King Institute of Preventive Medicine Micro-Biological Section reports 1912-19
Year: 1912
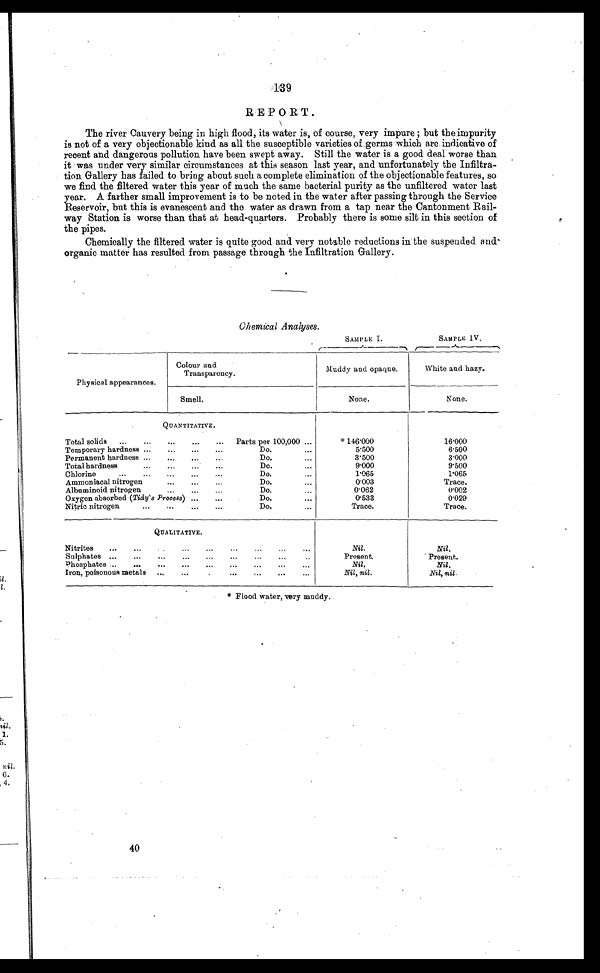
139
REPORT.
The river Cauvery being in high flood, its water is, of course, very impure ; but the impurity
is not of a very objectionable kind as all the susceptible varieties of germs which are indicative of
recent and dangerous pollution have been swept away. Still the water is a good deal worse than
it was under very similar circumstances at this season last year, and unfortunately the Infiltra-
tion Gallery has failed to bring about such a complete elimination of the objectionable features, so
we find the filtered water this year of much the same bacterial purity as the unfiltered water last
year. A farther small improvement is to be noted in the water after passing through the Service
Reservoir, but this is evanescent and the water as drawn from a tap near the Cantonment Rail-
way Station is worse than that at head-quarters. Probably there is some silt in this section of
the pipes.
Chemically the filtered water is quite good and very notable reductions in the suspended and
organic matter has resulted from passage through the Infiltration Gallery.
Chemical Analyses.
SAMPLE I.
SAMPLE IV.
Physical appearances.
Colour and
Transparency.
Muddy and opaque.
White and hazy.
Smell.
None.
None.
QUANTITATIVE.
Total solids ...
...
...
...
... Parts per 100,000 ...
* 146.000
16.000
Temporary hardness
...
...
Do.
...
5.500
6.500
Permanent hardness ....
Do.
...
3.500
3.000
Total hardness
. .
. . .
. . .
Do.
...
9.000
9.500
Chlorine
...
...
...
...
...
Do.
...
1.065
1.065
Ammoniacal nitrogen
...
...
Do.
...
0.003
Trace.
Albaminoid nitrogen..
Do.
...
0.062
0.002
Oxygen absorbed (Tidy's Process) ......
Do.
...
0.533
0.029
Nitric nitrogen
...
...
...
...
Do.
...
Trace.
Trace.
QUALITATIVE.
Nitrites
...
...
...
...
...
...
...
Nil.
N i l .
Sulphates ...
...
...
...
...
...
...
...
Present.
Present.
Phosphates ...
...
...
...
...
...
...
...
Nil.
Nil.
Iron, poisonous metals
...
... ... ... ... ...
Nil, nil.
N i l , n i l .
* Flood water, very muddy.
40